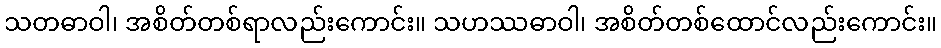
သတဓာဝါ၊ အစိတ်တစ်ရာလည်းကောင်း။ သဟဿဓာဝါ၊ အစိတ်တစ်ထောင်လည်းကောင်း။